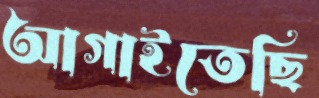
আগাইতেছি